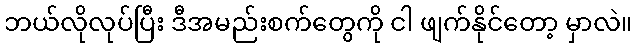
ဘယ်လိုလုပ်ပြီး ဒီအမည်းစက်တွေကို ငါ ဖျက်နိုင်တော့ မှာလဲ။